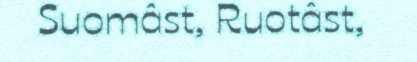
Suomâst, Ruotâst,